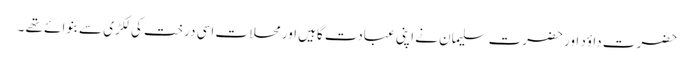
حضرت داؤد اور حضرت سلیمان نے اپنی عبادت گاہیں اور محلات اسی درخت کی لکڑی سے بنوائے تھے ۔